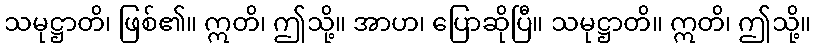
သမုဋ္ဌာတိ၊ ဖြစ်၏။ ဣတိ၊ ဤသို့။ အာဟ၊ ပြောဆိုပြီ။ သမုဋ္ဌာတိ။ ဣတိ၊ ဤသို့။